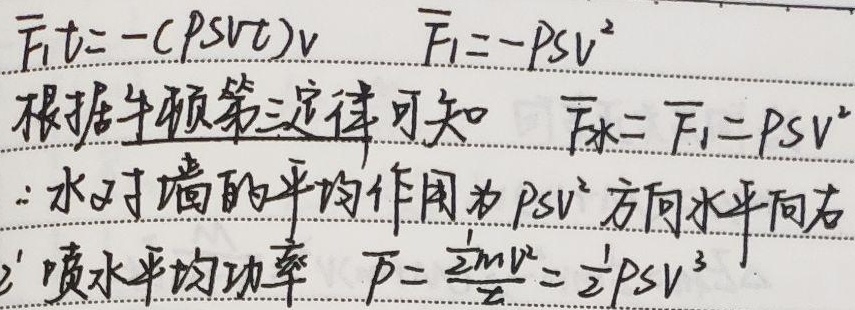
由\(\overline{F}_{1}t = - (\rho Sv t)v\)，可得\(\overline{F}_{1}=-\rho Sv^{2}\)。根据牛顿第三定律可知，\(\overline{F}_{水}=-\overline{F}_{1}=\rho Sv^{2}\)，\(\therefore\)水对墙的平均作用力为\(\rho Sv^{2}\)，方向水平向右。

喷水平均功率\(\overline{P}=\frac{\frac{1}{2}mv^{2}}{t}=\frac{1}{2}\rho Sv^{3}\)